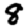
Digit: 8